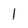
Character: 1